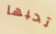
تحبها